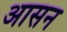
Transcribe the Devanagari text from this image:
अासन